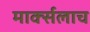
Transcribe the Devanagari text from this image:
मार्क्‍सलाच